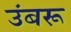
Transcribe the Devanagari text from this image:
उंबरू